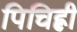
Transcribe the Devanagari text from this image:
पिचिह्ली